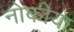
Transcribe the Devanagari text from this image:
नोकीया